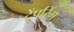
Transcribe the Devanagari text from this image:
टेंपरिंग